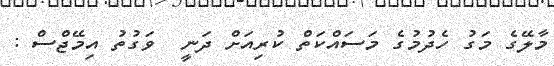
މާލޭގެ މަގު ހެދުމުގެ މަސައްކަތް ކުރިއަށް ދަނީ  ވަގުތު އިމޭޖްސް :